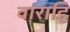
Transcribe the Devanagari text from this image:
वाराहि